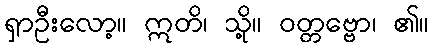
ရှာဦးလော့။ ဣတိ၊ သို့။ ဝတ္တဗ္ဗော၊ ၏။